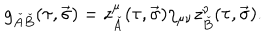
LaTeX: g _ { \check { A } \check { B } } ( \tau , \vec { \sigma } ) = z _ { \check { A } } ^ { \mu } ( \tau , \vec { \sigma } ) \eta _ { \mu \nu } z _ { \check { B } } ^ { \nu } ( \tau , \vec { \sigma } ) .